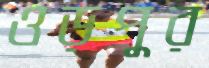
ওড়পুর